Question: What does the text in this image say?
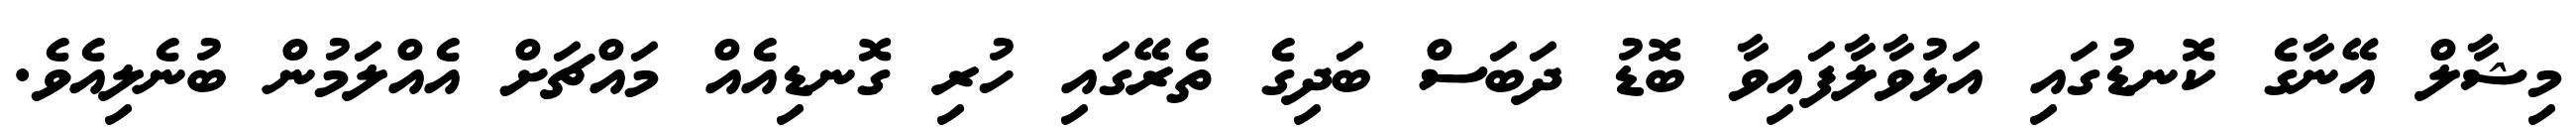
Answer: މިޝާލް އޭނާގެ ކޮނޑުގައި އަޅުވާލާފައިވާ ބޮޑު ދަބަސް ބަދިގެ ތެރޭގައި ހުރި ގޮނޑިއެއް މައްޗަށް އެއްލަމުން ބުނެލިއެވެ.